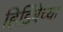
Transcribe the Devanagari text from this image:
हिडिंबेच्या